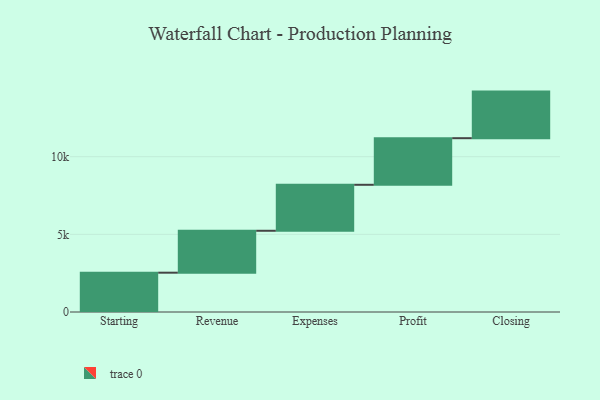
{"axis": {"x": "Step", "y": "Value"}, "legend": [""], "data": [{"x": "Starting", "y": 2531.0, "type": ""}, {"x": "Revenue", "y": 2699.0, "type": ""}, {"x": "Expenses", "y": 2961.0, "type": ""}, {"x": "Profit", "y": 3000, "type": ""}, {"x": "Closing", "y": 3000, "type": ""}]}